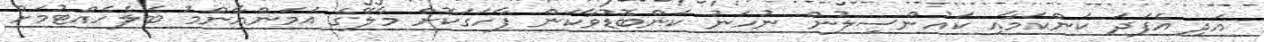
އަދި އެފަދަ ކަންކަމާއި ކައުންސިލުން ނުހަނު ކަންބޮޑުވާކަން ފާހަގަކޮށް މާލޭގެ އަމަންއާންމު ބެލެހެއްޓުމަށް